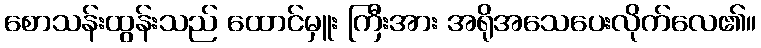
စောသန်းထွန်းသည် ထောင်မှူး ကြီးအား အရိုအသေပေးလိုက်လေ၏။